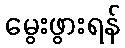
မွေးဖွားရန်